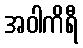
အဝါကိရီ